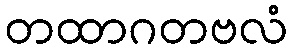
တထာဂတဗလံ